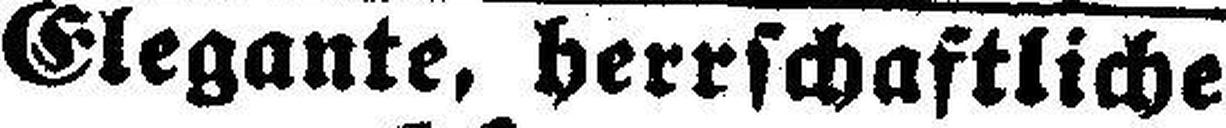
Elegante, herrschaftliche